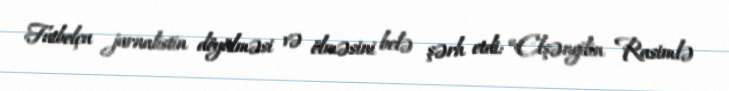
Futbolçu jurnalistin döyülməsi və ölməsini belə şərh etdi: “Elşəngilin Rasimlə